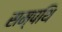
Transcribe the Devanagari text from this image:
सम्पथि